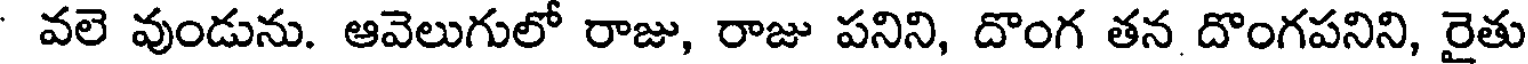
వలె వుండును. ఆవెలుగులో రాజు, రాజు పనిని, దొంగ తన దొంగపనిని, రైతు